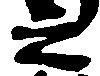
之